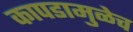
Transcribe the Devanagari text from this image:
कापडामुळेच